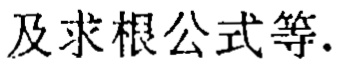
及求根公式等.